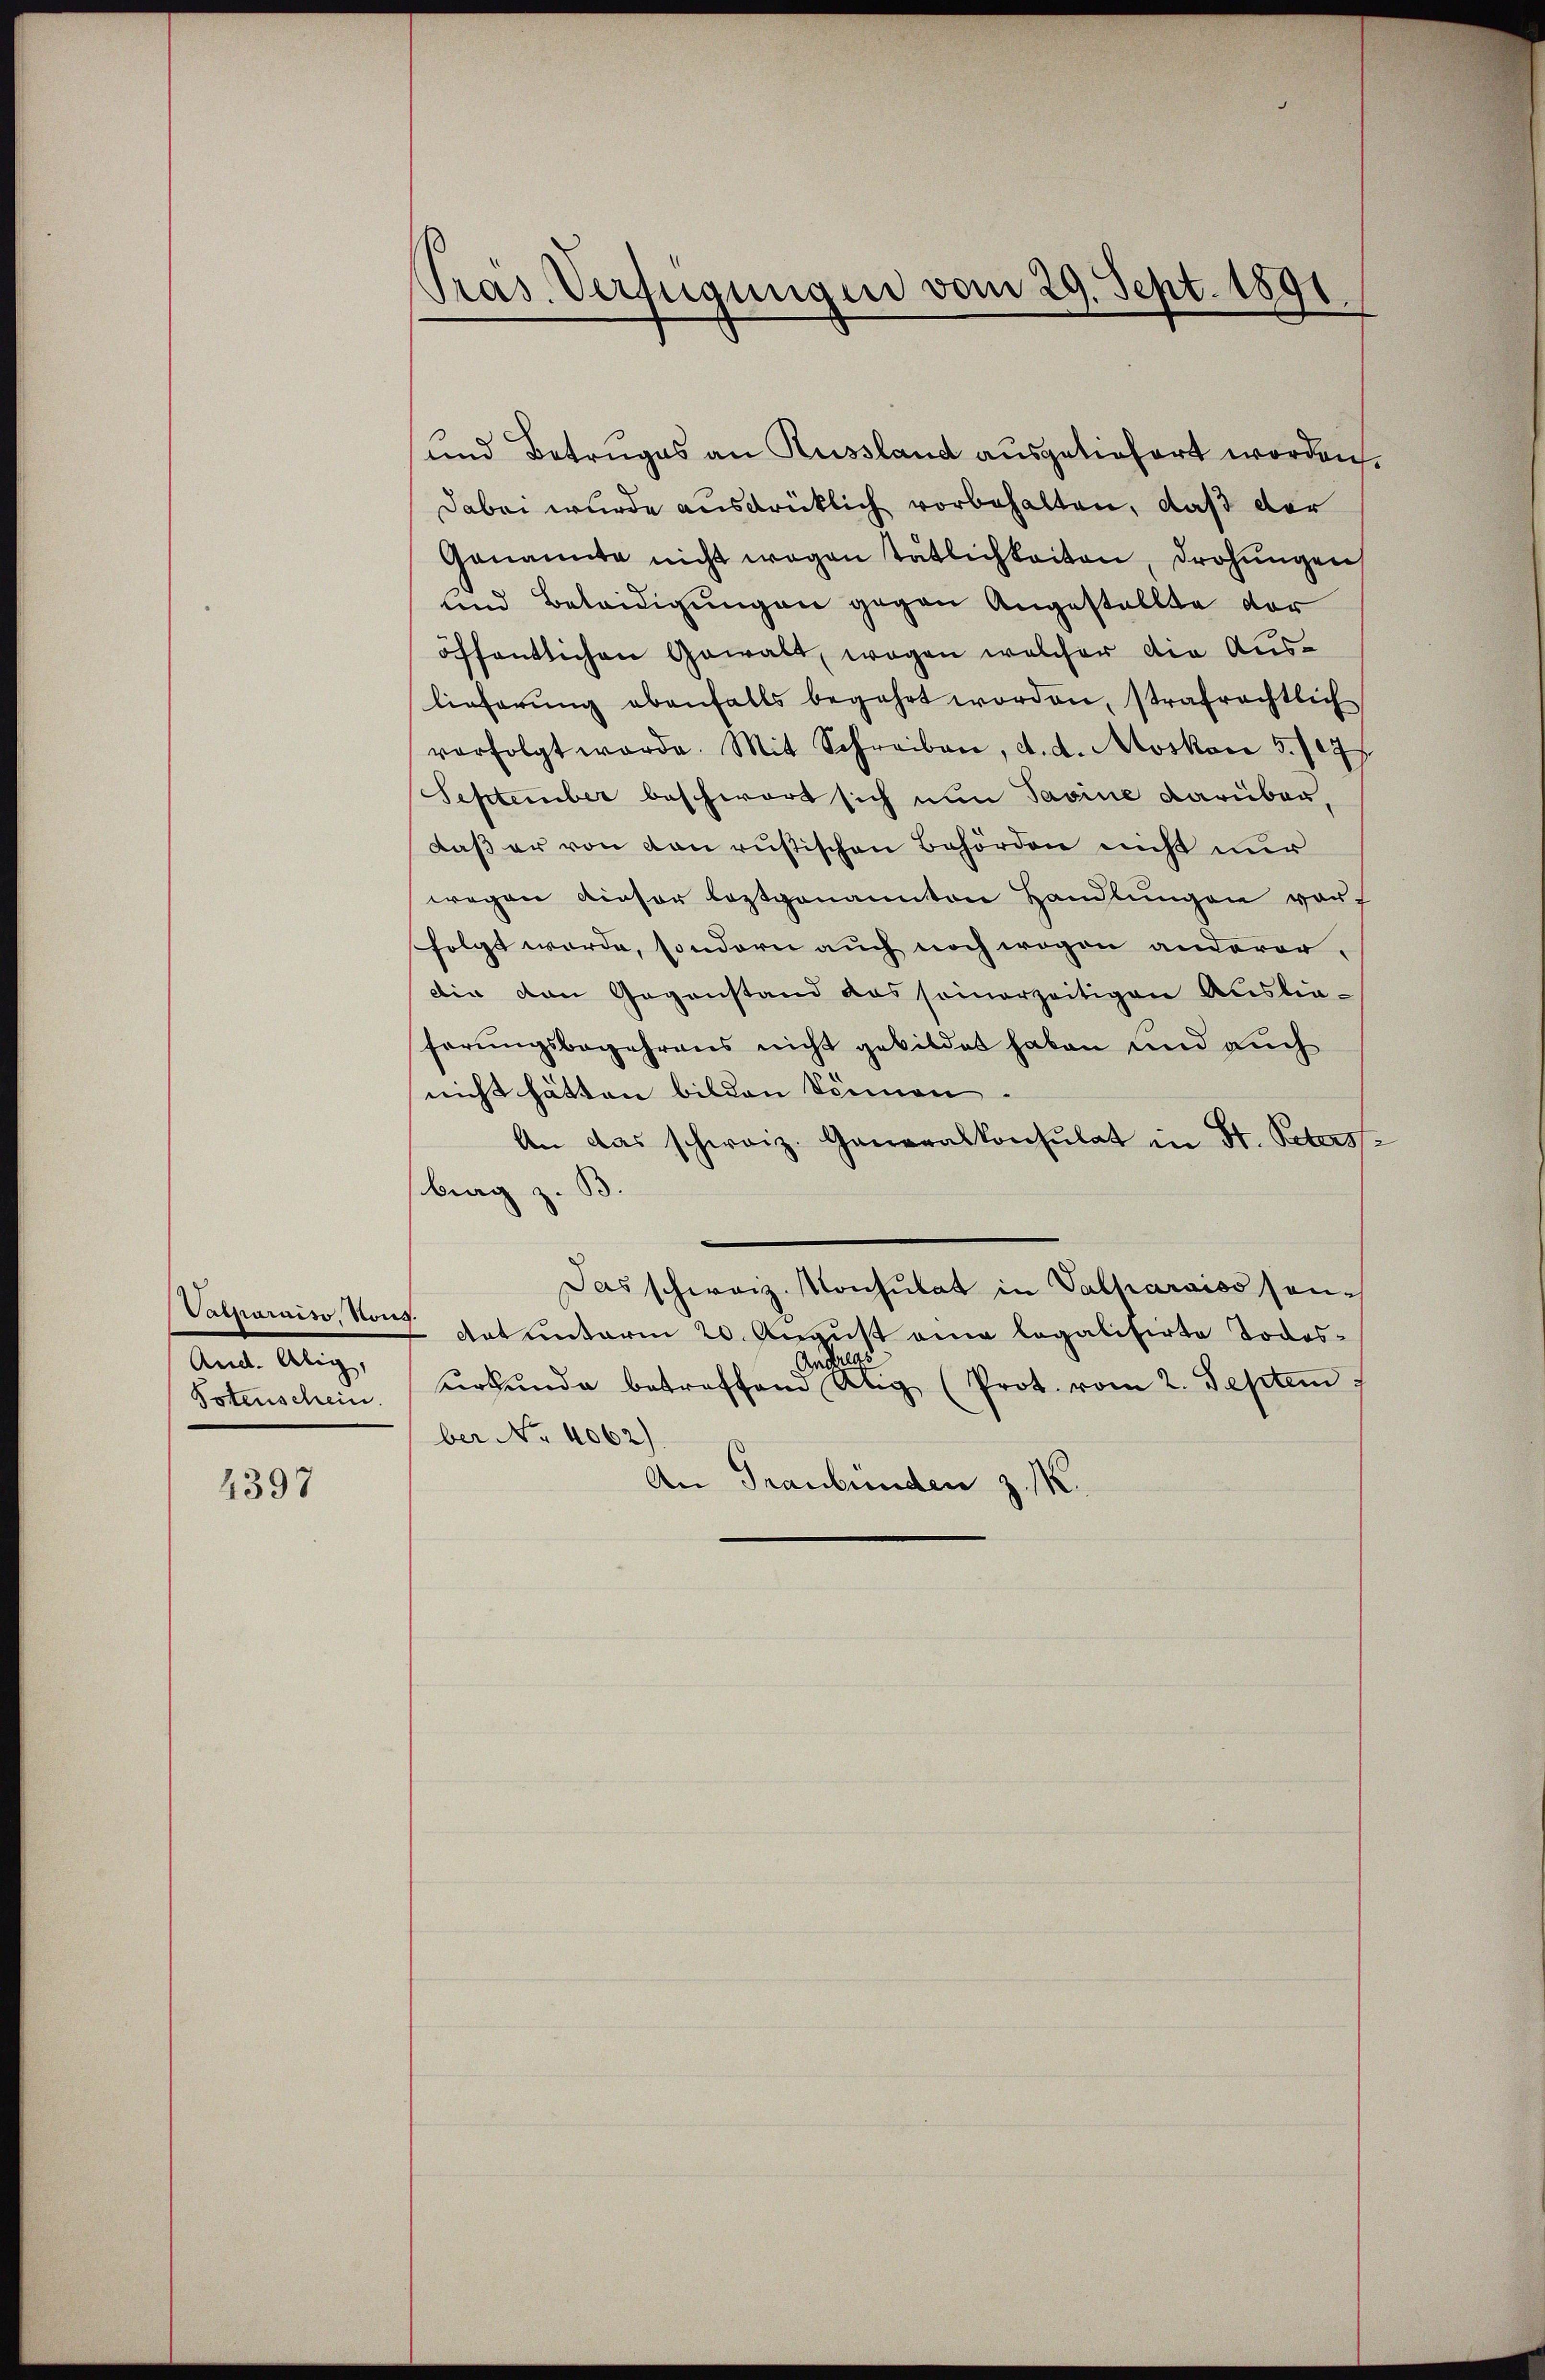
Vasparaiso, Nous.
And. Alig,
Potenschein.

4397

Präs. Verfügungen vom 29. Sept. 1891

und Betruges an Russland ausgeliefert worden,
Dabei wurde ausdrücklich vorbehalten, daß der
Genannte nicht wegen tätlichkeiten, drohungen
und Beleidigungen gegen Angestellte der
öffentlichen Gewalt, wegen welcher die Auslieferŭng ebenfalls begehrt worden, strafrechtlich
verfolgt werde. Mit Schreiben, d. d. Moskace 5. 1077.
September beschwert sich nun Savine darüber,
daß er von von rustischen Behörden nicht nur
wegen dieser leztgenannten Handlungen vor
folgt werde, sondern auch noch wegen anderer,
die den Gegenstand das seinerzeitigen Ausliehörungsbegehrens nicht gebildet haben und auch
nicht hätten bilden können
An das schweiz. Generalkonsulat in St. Peters
brag z. B.
Das schweiz. Konsulat in Valparoiss son-
Rat unterm 20. August ein legalisirte Todes¬
And
urkunde betreffen Abig (Prot. vom 2. Septem
ber No. 4062).
An Graubünden z. K